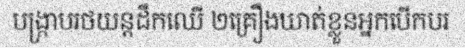
បង្ក្រាបរថយន្តដឹកឈើ ២គ្រឿងឃាត់ខ្លួនអ្នកបើកបរ